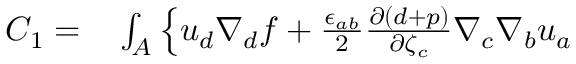
\begin{array} { r l } { C _ { 1 } = } & { { } \int _ { A } \left\{ u _ { d } \nabla _ { d } f + \frac { \epsilon _ { a b } } { 2 } \frac { \partial ( d + p ) } { \partial { \zeta } _ { c } } \nabla _ { c } \nabla _ { b } { u } _ { a } \right. } \end{array}